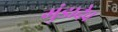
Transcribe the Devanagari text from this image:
मुंडादेव